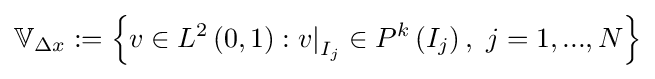
\mathbb {V} _{\Delta x}:=\left\{v\in L^{2}\left(0,1\right):{v|}_{I_{j}}\in P^{k}\left(I_{j}\right),\ j=1,...,N\right\}